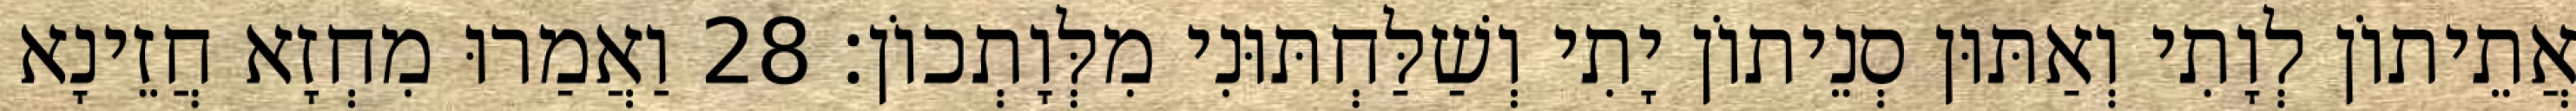
אֲתֵיתוֹן לְוָתִי וְאַתּוּן סְנֵיתוֹן יָתִי וְשַׁלַּחְתּוּנִי מִלְּוָתְכוֹן׃ 28 וַאֲמַרוּ מִחְזָא חֲזֵינָא